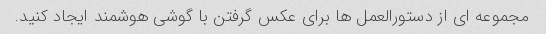
مجموعه ای از دستورالعمل ها برای عکس گرفتن با گوشی هوشمند ایجاد کنید.